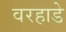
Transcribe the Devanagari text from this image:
वरहाडे